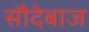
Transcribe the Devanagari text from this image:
सौदेबाज